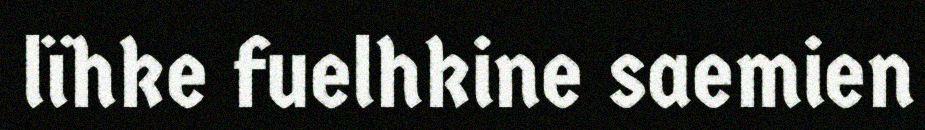
lïhke fuelhkine saemien